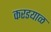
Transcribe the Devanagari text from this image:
करडयाळ